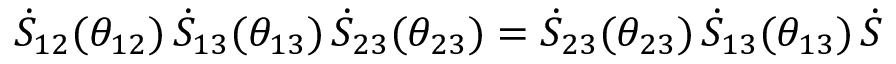
\dot { S } _ { 1 2 } ( \theta _ { 1 2 } ) \, \dot { S } _ { 1 3 } ( \theta _ { 1 3 } ) \, \dot { S } _ { 2 3 } ( \theta _ { 2 3 } ) = \dot { S } _ { 2 3 } ( \theta _ { 2 3 } ) \, \dot { S } _ { 1 3 } ( \theta _ { 1 3 } ) \, \dot { S }